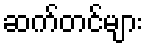
ဆက်တင်များ